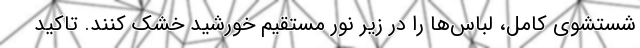
شستشوی کامل، لباس‌ها را در زیر نور مستقیم خورشید خشک کنند. تاکید